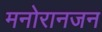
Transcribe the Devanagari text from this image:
मनोरानजन